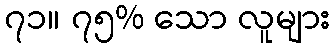
၇၁။ ၇၅% သော လူများ